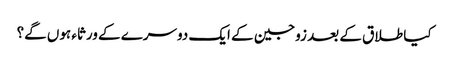
کیا طلاق کے بعد زوجین کے ایک دوسرے کے ورثاء‌ ہوں‌ گے؟